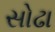
સોઢા